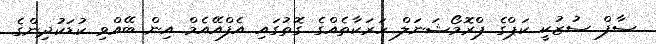
ސާފް ސުޒުކީ ކަޕްގެ ޕްރޮމޯޝަނަލް ހަރަކާތެއްގެ ގޮތުގައި އެފްއޭއެމް އިން ބޭއްވި ކުޑަކުދިންގެ